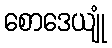
စောဒေယျုံ